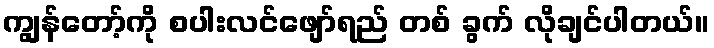
ကျွန်တော့်ကို စပါးလင်ဖျော်ရည် တစ် ခွက် လိုချင်ပါတယ်။